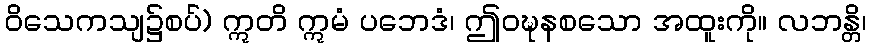
ဝိသေကသျ၌စပ်) ဣတိ ဣမံ ပဘေဒံ၊ ဤဝဍ္ဎနစသော အထူးကို။ လဘန္တိ၊